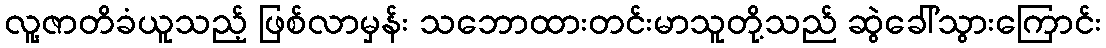
လူ့ဇာတိခံယူသည့် ဖြစ်လာမှန်း သဘောထားတင်းမာသူတို့သည် ဆွဲခေါ်သွားကြောင်း